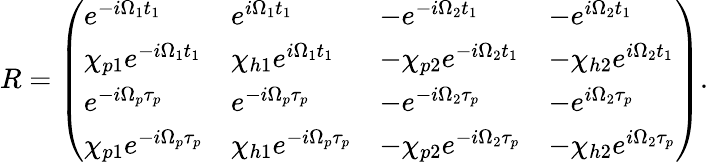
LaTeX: \begin{array}{r}{R=\left(\begin{array}{llll}{e^{-i\Omega_{1}t_{1}}}&{e^{i\Omega_{1}t_{1}}}&{-e^{-i\Omega_{2}t_{1}}}&{-e^{i\Omega_{2}t_{1}}}\\ {\chi_{p1}e^{-i\Omega_{1}t_{1}}}&{\chi_{h1}e^{i\Omega_{1}t_{1}}}&{-\chi_{p2}e^{-i\Omega_{2}t_{1}}}&{-\chi_{h2}e^{i\Omega_{2}t_{1}}}\\ {e^{-i\Omega_{p}\tau_{p}}}&{e^{-i\Omega_{p}\tau_{p}}}&{-e^{-i\Omega_{2}\tau_{p}}}&{-e^{i\Omega_{2}\tau_{p}}}\\ {\chi_{p1}e^{-i\Omega_{p}\tau_{p}}}&{\chi_{h1}e^{-i\Omega_{p}\tau_{p}}}&{-\chi_{p2}e^{-i\Omega_{2}\tau_{p}}}&{-\chi_{h2}e^{i\Omega_{2}\tau_{p}}}\end{array}\right).}\end{array}